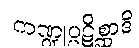
ကဏ္ဍုပ္ပဋိစ္ဆာဒိ